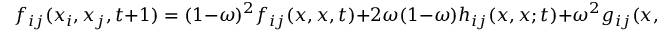
f _ { i j } ( x _ { i } , x _ { j } , t + 1 ) = ( 1 - \omega ) ^ { 2 } f _ { i j } ( x , x , t ) + 2 \omega ( 1 - \omega ) h _ { i j } ( x , x ; t ) + \omega ^ { 2 } g _ { i j } ( x , x , t ) ,